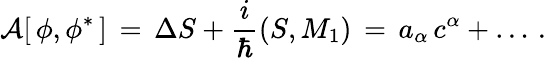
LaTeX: {\cal A}[\, \phi,\phi^{\ast}\, ]\, =\, \Delta S+{\frac{i}{\hbar}}(S,M_{1})\, =\, a_{\alpha}\, c^{\alpha}+\dots\, .